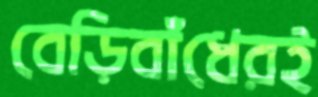
বেড়িবাঁধেরই